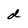
Character: d